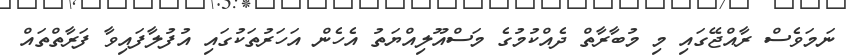
ނަމަވެސް ރާއްޖޭގައި މި މުބާރާތް ދެއްކުމުގެ މަސްއޫލިއްޔަތު އެހެން އަހަރުތަކުގައި އުފުލާފައިވާ ފަރާތްތައް